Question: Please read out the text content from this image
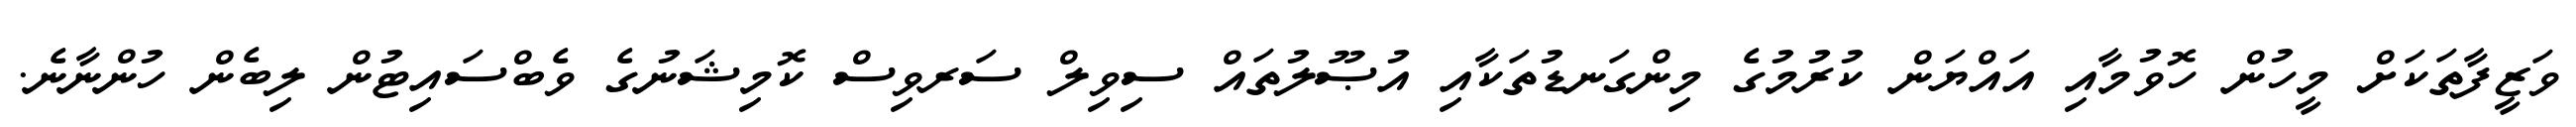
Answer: ވަޒީފާތަކަށް މީހުން ހޮވުމާއި އައްޔަން ކުރުމުގެ މިންގަނޑުތަކާއި އުޞޫލުތައް ސިވިލް ސަރވިސް ކޮމިޝަނުގެ ވެބްސައިޓުން ލިބެން ހުންނާނެ.